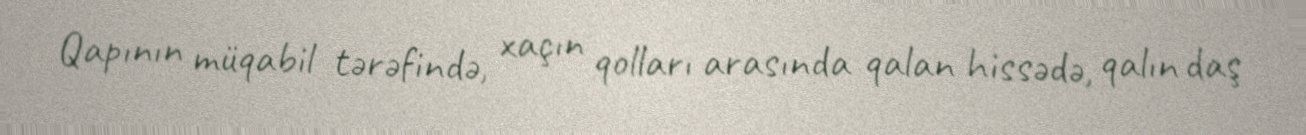
Qapının müqabil tərəfində, xaçın qolları arasında qalan hissədə, qalın daş